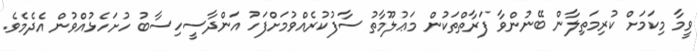
ވީމާ މިކަމަށް ކުރިމަތިލާން ބޭނުންވާ ފަރާތްތަކުން މަޢުލޫމާތު ސާފުކުރެއްވުމަށްފަހު އަންދާސީހިސާބު ހުށަހެޅުއްވުން އެދެމެވެ.